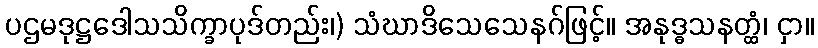
ပဌမဒုဋ္ဌဒေါသသိက္ခာပုဒ်တည်း၊) သံဃာဒိသေသေနဂ်ဖြင့်။ အနုဒ္ဓသနတ္ထံ၊ ငှာ။